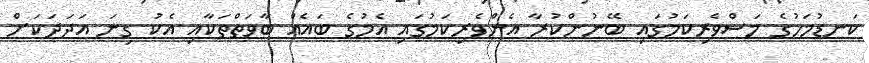
ކަނޑުމަހުގެ މަސްވެރިކަމުގައި ބޭނުންކުރާ އެންވެރިކަމުގައި އެމުގެ ބައެއް ބާވަތްތަކާއި އެކު ގިނަ އަދަދަކަށް